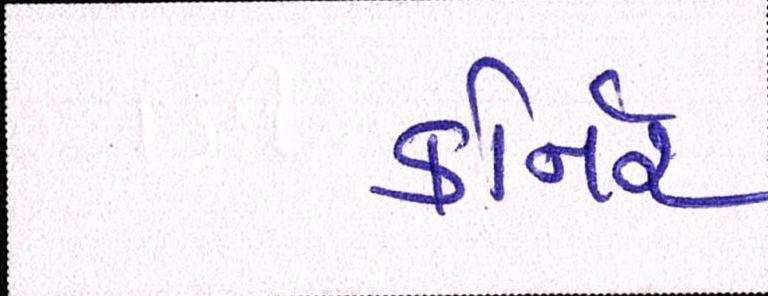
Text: કોર્નર